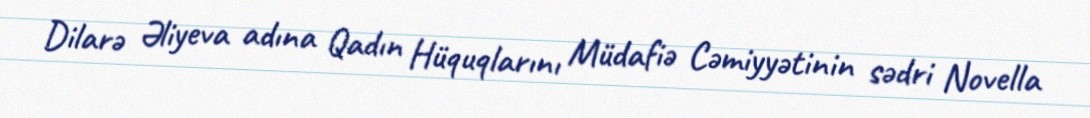
Dilarə Əliyeva adına Qadın Hüquqlarını Müdafiə Cəmiyyətinin sədri Novella